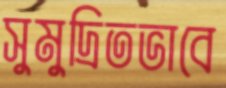
সুমুদ্রিতভাবে